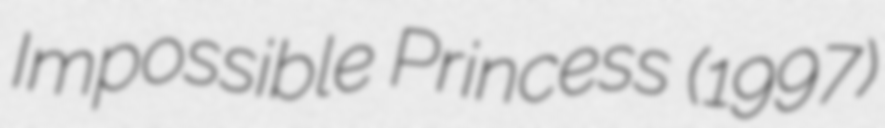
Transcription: Impossible Princess (1997)